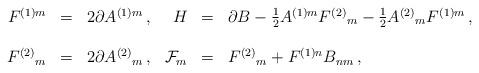
LaTeX: \begin{align*}\begin{array}{rclrcl}F^{(1)m}&=&2\partial A^{(1)m}\, ,&H&=&\partial B -{\textstyle\frac{1}{2}}A^{(1)m}F^{(2)}{}_{m}-{\textstyle\frac{1}{2}}A^{(2)}{}_{m}F^{(1)m}\, ,\\& & & & & \\F^{(2)}{}_{m}&=&2\partial A^{(2)}{}_{m}\, ,&{\cal F}_{m}&=&F^{(2)}{}_{m} + F^{(1)n}B_{nm}\, ,\\\end{array}\end{align*}